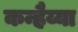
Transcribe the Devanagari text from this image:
कन्हैय्या